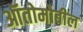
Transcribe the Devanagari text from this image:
ऑतोमोबील